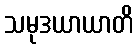
သမုဒယာယာတိ